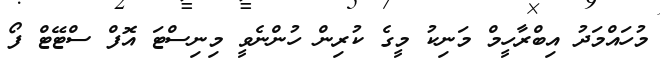
މުހައްމަދު އިބްރާހީމް މަނިކު މީގެ ކުރިން ހުންނެވީ މިނިސްޓަ އޮފް ސްޓޭޓް ފޯ